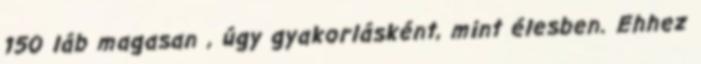
150 láb magasan , úgy gyakorlásként, mint élesben. Ehhez